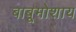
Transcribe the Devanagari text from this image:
बाबूमोशाय